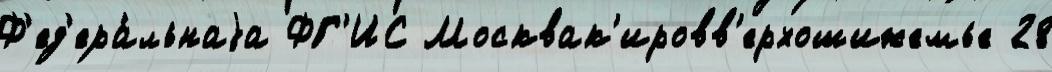
Ф'ед'ера́льнаjа ФГ'ИС Москвак'ировв'ерхошижемье 28